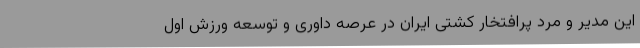
این مدیر و مرد پرافتخار کشتی ایران در عرصه داوری و توسعه ورزش اول